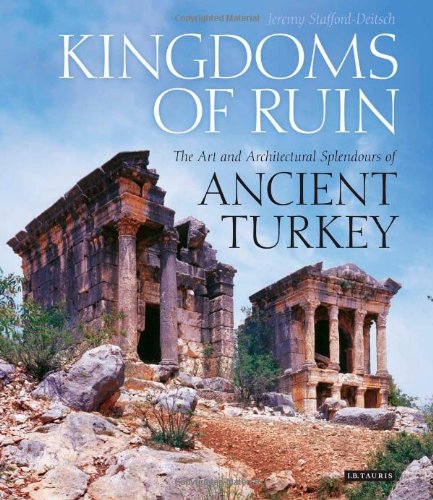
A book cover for Kingdoms of Ruin: The Art and Architectural Splendours of Ancient Turkey; Jeremy Stafford-Deitsch; Travel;